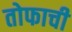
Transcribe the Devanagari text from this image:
तोफाची